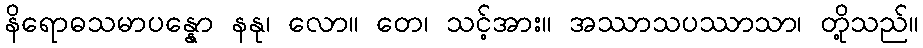
နိရောဓသမာပန္နော နနု၊ လော။ တေ၊ သင့်အား။ အဿာသပဿာသာ၊ တို့သည်။